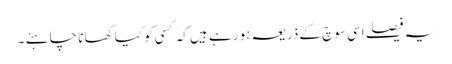
یہ فیصلے اسی سوچ کے ذریعہ ہو رہے ہیں کہ کسی کو کیا کھانا چاہئے ۔